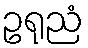
ဥရုညံ